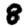
Digit: 8